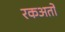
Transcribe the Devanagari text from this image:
रकअतों